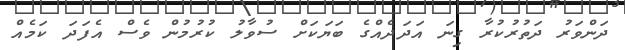
ދަންވަރު ދަތުރުކުރާ ގިނަ އަދަދެއްގެ ބަޔަކަށް ސުވާލު ކުރުމުން ވެސް އެފަދަ ކަމެއް